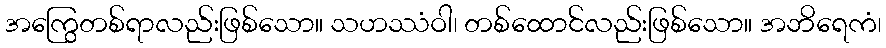
အကြွေတစ်ရာလည်းဖြစ်သော။ သဟဿံဝါ၊ တစ်ထောင်လည်းဖြစ်သော။ အဘိရေကံ၊